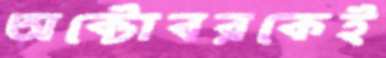
অক্টোবরকেই